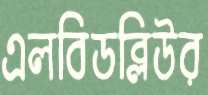
এলবিডব্লিউর